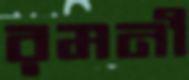
রমনী